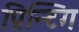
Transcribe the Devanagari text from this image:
प्रिन्टिग